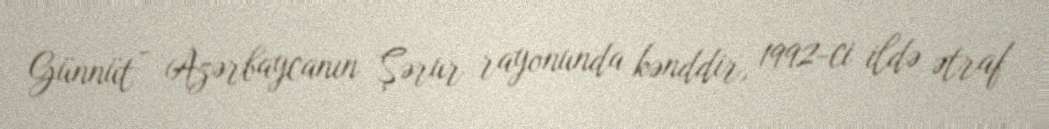
Günnüt - Azərbaycanın Şərur rayonunda kənddir, 1992-ci ildə ətraf